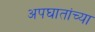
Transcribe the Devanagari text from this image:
अपघातांच्या